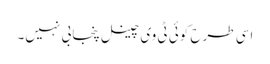
اسی طرح کوئی ٹی وی چینل پنجابی نہیں۔